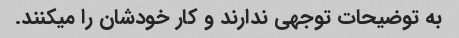
به توضیحات توجهی ندارند و کار خودشان را میکنند.